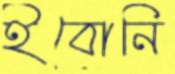
ইবোনি